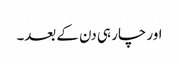
اور چار ہی دن کے بعد۔